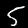
Label: 5